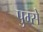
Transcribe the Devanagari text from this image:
पुम्से